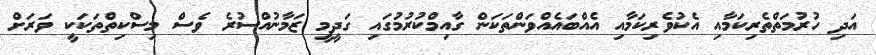
އަދި ހުރުމަތްތެރިކަމާއި އެކުވެރިކަމާއި އެއްބައެއްވަންތަކަން ގާއިމްކުރުމުގައި ގަދީމީ ޒަމާނުއްސުރެ ވެސް މިސްކިތްތަކަކީ ވަރަށް